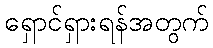
ရှောင်ရှားရန်အတွက်